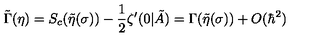
\tilde { \Gamma } ( \eta ) = S _ { c } ( \tilde { \eta } ( \sigma ) ) - \frac { 1 } { 2 } \zeta ^ { \prime } ( 0 | \tilde { A } ) = \Gamma ( \tilde { \eta } ( \sigma ) ) + O ( \hbar ^ { 2 } ) \nonumber